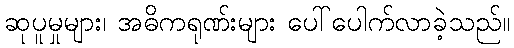
ဆုပူမှုများ၊ အဓိကရုဏ်းများ ပေါ်ပေါက်လာခဲ့သည်။